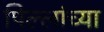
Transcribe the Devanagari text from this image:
पिल्लांच्या